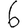
Digit: 6